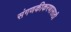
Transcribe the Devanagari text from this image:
संगणकीकरणासाठी